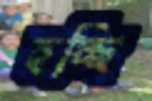
হচ্ছি